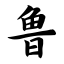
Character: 鲁